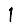
Digit: 1